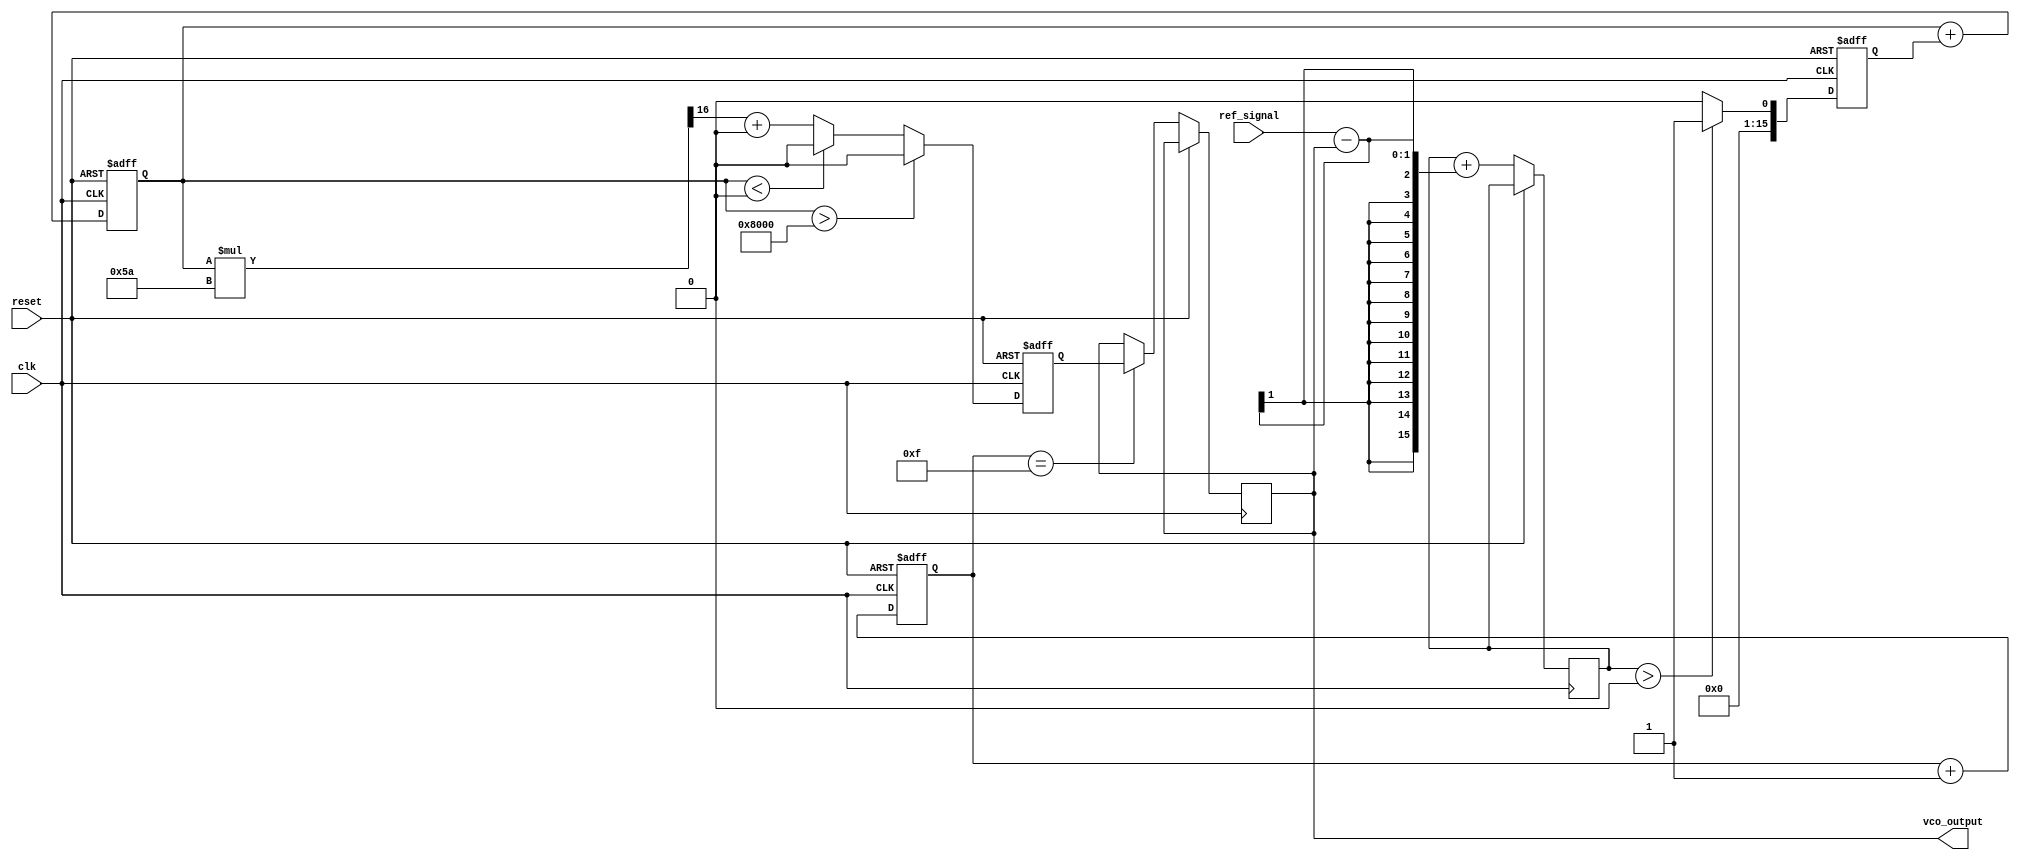
module sigma_delta_pll (
    input wire clk,                // System clock
    input wire reset,              // Asynchronous reset
    input wire ref_signal,         // Reference signal input
    output wire vco_output         // VCO output frequency
);

// Parameters
parameter SD_ORDER = 1;          // Order of Sigma-Delta Modulator
parameter VCO_MAX_FREQ = 100;    // Maximum VCO frequency
parameter VCO_MIN_FREQ = 10;     // Minimum VCO frequency

// Internal signals
reg [15:0] phase_error;          // Phase error signal
reg [15:0] mod_output;           // Sigma-Delta modulator output
reg [15:0] control_voltage;       // Control voltage for VCO
reg [15:0] vco_freq;             // VCO frequency

// Sigma-Delta Modulator
always @(posedge clk or posedge reset) begin
    if (reset) begin
        mod_output <= 0;
    end else begin
        // Simple first-order Sigma-Delta modulator
        phase_error <= phase_error + (ref_signal - vco_output);
        if (phase_error > 0) begin
            mod_output <= 1; // Quantize to 1
        end else begin
            mod_output <= 0; // Quantize to 0
        end
    end
end

// Loop Filter (Simple Integrator)
always @(posedge clk or posedge reset) begin
    if (reset) begin
        control_voltage <= 0;
    end else begin
        control_voltage <= control_voltage + mod_output; // Integrate the mod output
    end
end

// Voltage-Controlled Oscillator (VCO)
always @(posedge clk or posedge reset) begin
    if (reset) begin
        vco_freq <= VCO_MIN_FREQ;
    end else begin
        // Adjust VCO frequency based on control voltage
        if (control_voltage > 16'h8000) begin
            vco_freq <= VCO_MAX_FREQ; // Max frequency
        end else if (control_voltage < 16'h0000) begin
            vco_freq <= VCO_MIN_FREQ; // Min frequency
        end else begin
            vco_freq <= (control_voltage * (VCO_MAX_FREQ - VCO_MIN_FREQ) >> 16) + VCO_MIN_FREQ;
        end
    end
end

// Feedback Path (Frequency Divider)
reg [3:0] divider;               // Example divider
always @(posedge clk or posedge reset) begin
    if (reset) begin
        divider <= 0;
    end else begin
        divider <= divider + 1;
        if (divider == 4'b1111) begin
            // Simulate feedback from VCO
            vco_output <= vco_freq; // Feedback to phase detector
        end
    end
end

endmodule